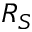
R _ { S }